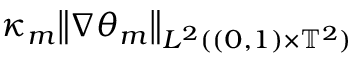
\kappa _ { m } \big \| \nabla { \theta } _ { m } \big \| _ { L ^ { 2 } ( ( 0 , 1 ) \times \ensuremath { \mathbb { T } } ^ { 2 } ) }